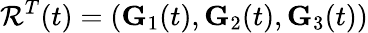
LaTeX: \mathcal{R}^{T}(t)=({\mathbf{G}}_{1}(t),{\mathbf{G}}_{2}(t),{\mathbf{G}}_{3}(t))